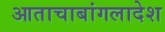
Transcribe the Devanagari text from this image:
आताचाबांगलादेश